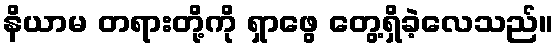
နိယာမ တရားတို့ကို ရှာဖွေ တွေ့ရှိခဲ့လေသည်။